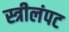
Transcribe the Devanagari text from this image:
स्त्रीलंपट